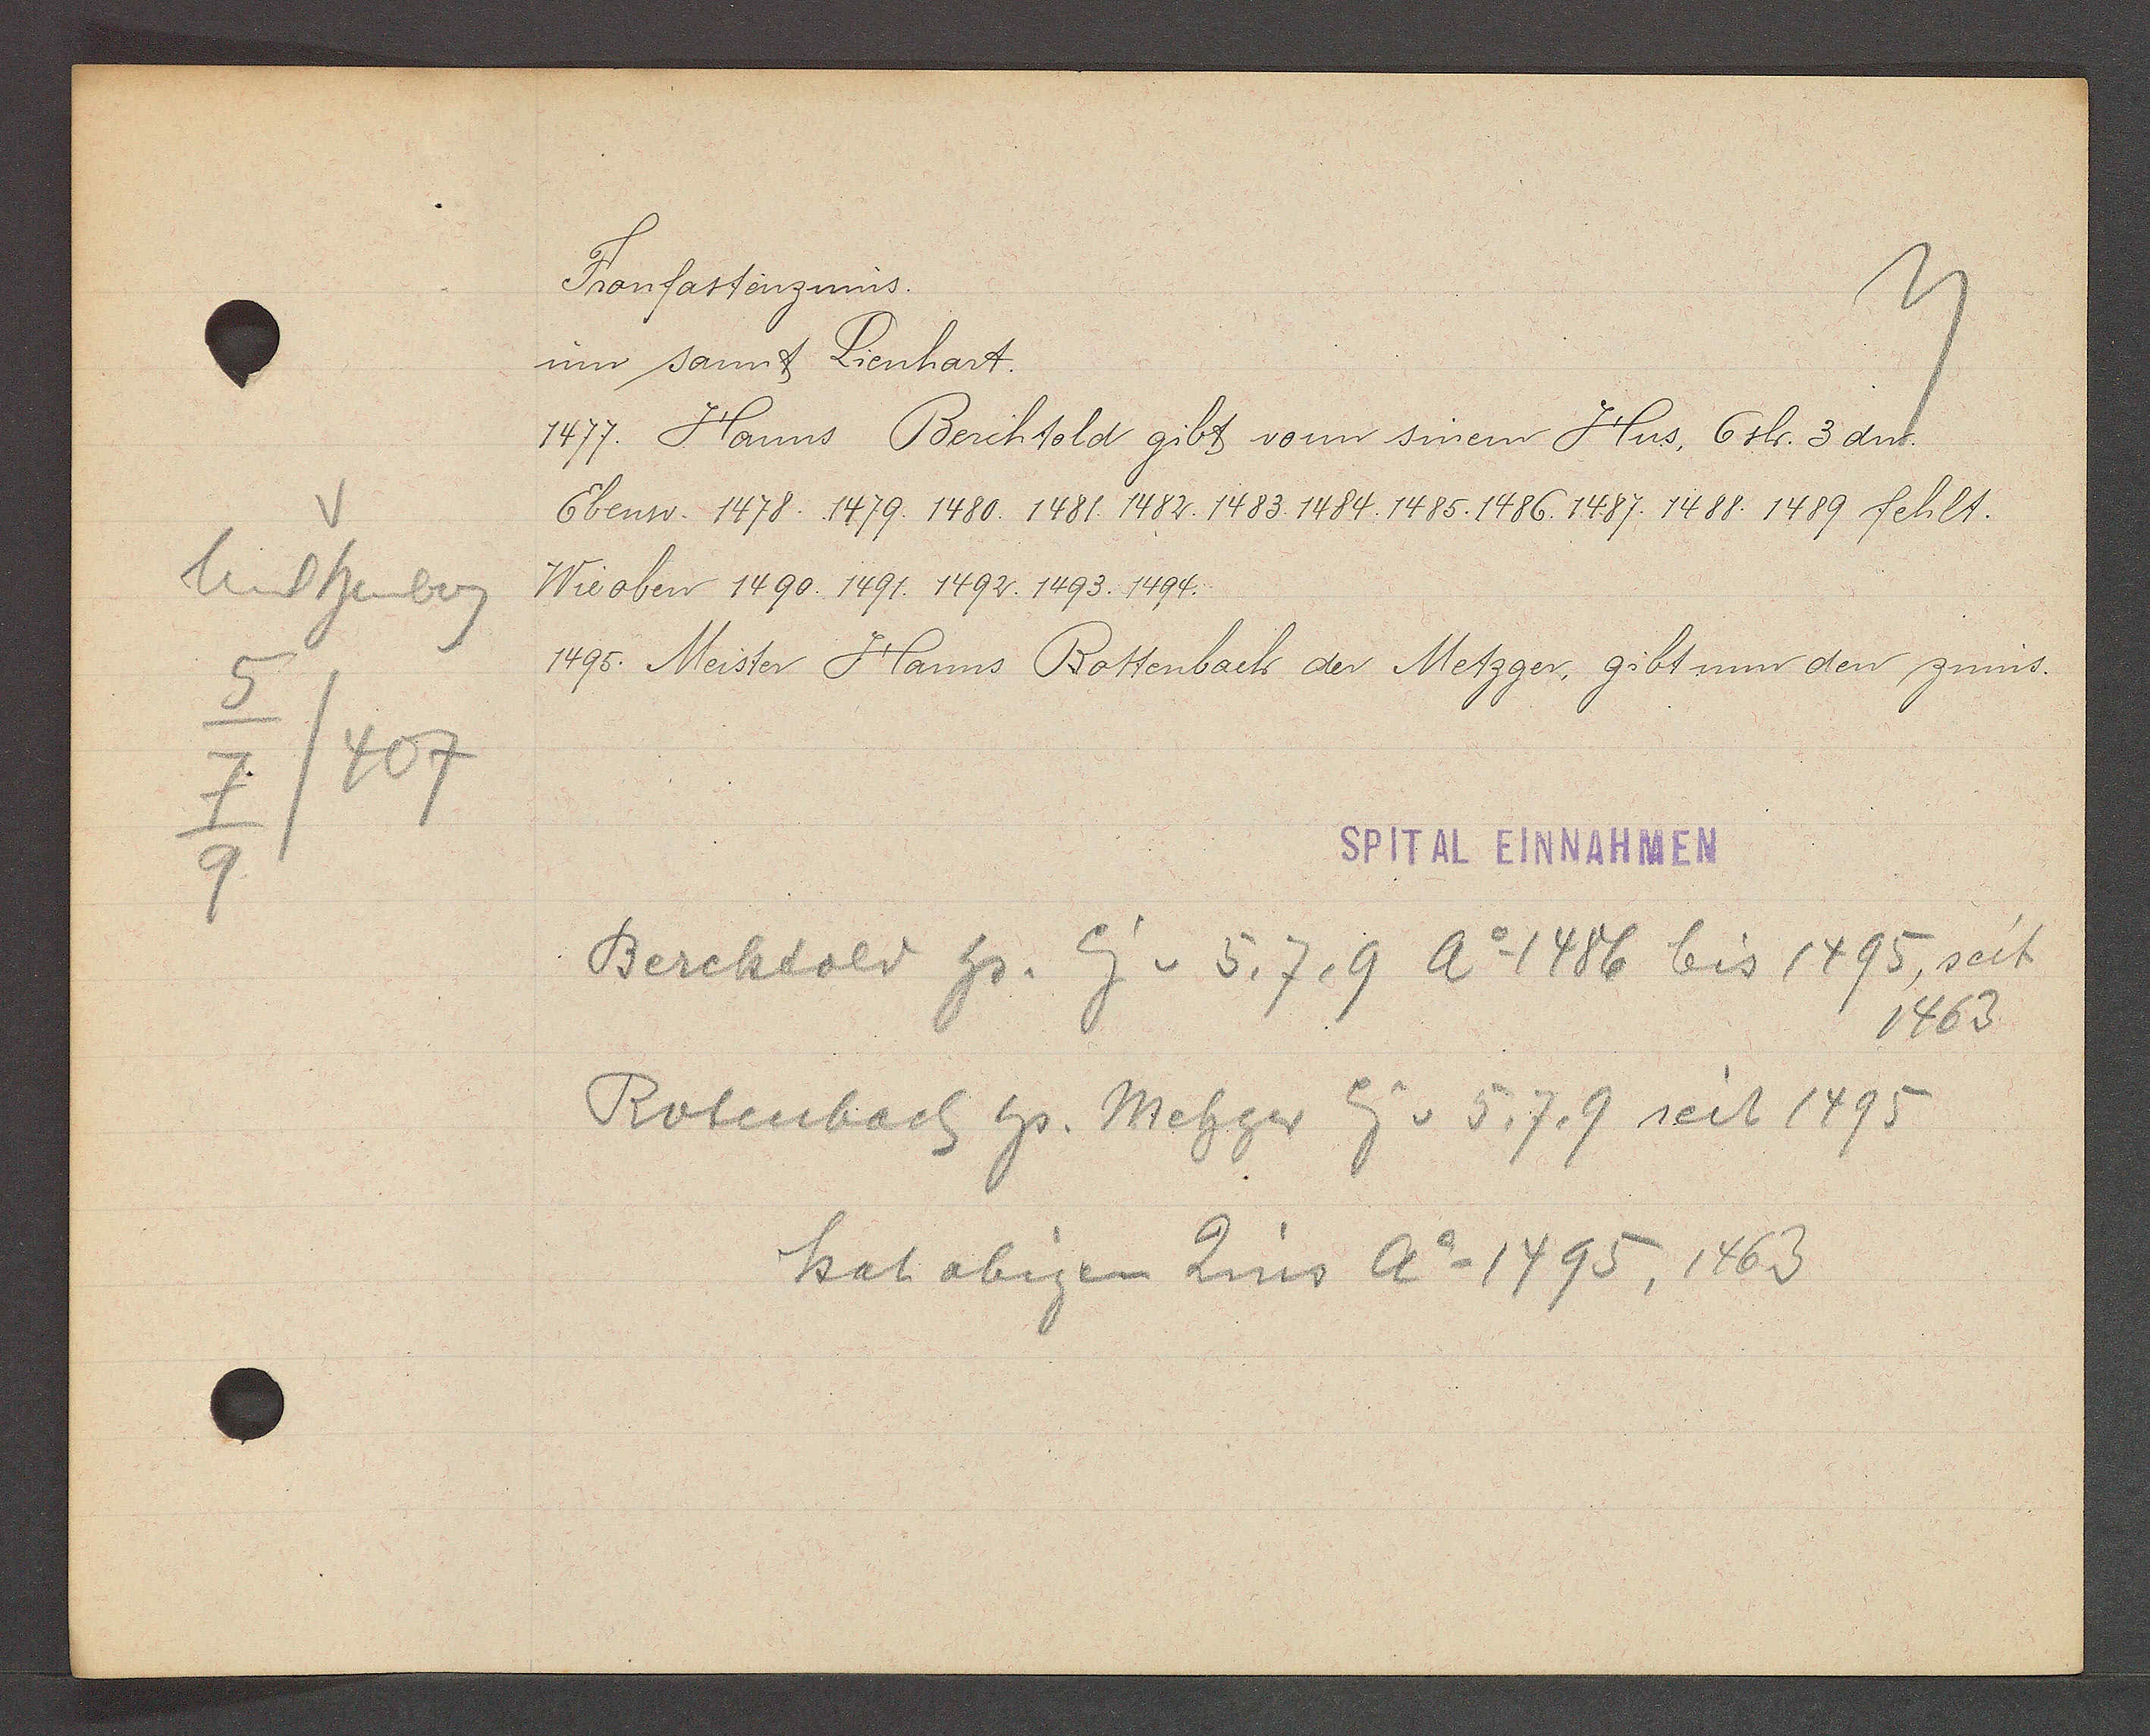
Transcript:
Unt heuberg
5
7/407
9

Fronfastenzinns.

um sannt Lienhart.
1477. Hanns Berchtold gibt vonn sinem Hus, 6 sh. 3dn.
Ebenso. 1478. 1479. 1480. 1481. 1482. 1483. 1484. 1485. 1486 1487. 1488. 1489 fehlt.
Wie oben 1490. 1491. 1492. 1493. 1494.
1495. Meister Hanns Rottenbach der Metzger, gibt nun den zinns.

SPITAL EINNAHMEN

Bercktold Hs. Eig v. 5, 7, 9 Ao 1486 bis 1495 seit
1463.
Rotenbach Hs. Metzger Eig v. 5, 7, 9 seit 1495
hat obigen Zins Ao 1495, 1463